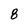
Character: 8